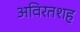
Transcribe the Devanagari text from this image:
अविरतशह